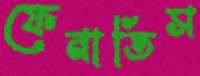
ফেনাতিস